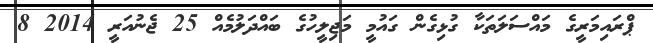
ޕްރައިމަރީގެ މައްސަލަތަކާ ގުޅިގެން ގައުމީ މަޖިލީހުގެ ބައްދަލުމެއް 25 ޖެނުއަރީ 2014 8